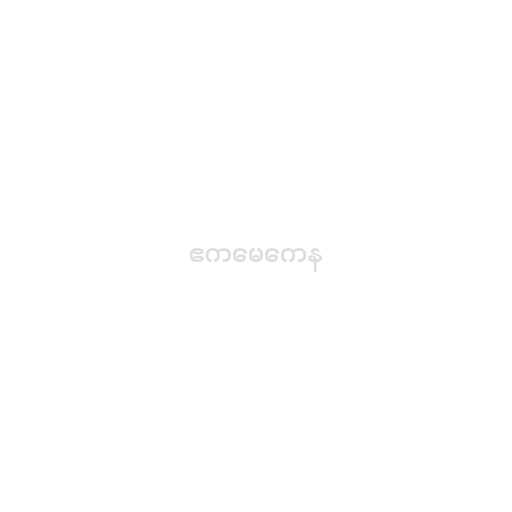
ဧကမေကေန